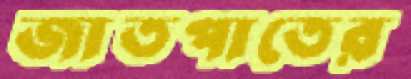
জাতপাতের